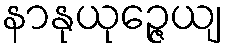
နာနုယုဉ္ဇေယျ